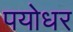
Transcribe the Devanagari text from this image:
पयोधर